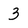
Character: 3